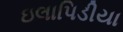
ઇલાપિડીયા